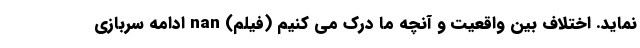
نماید. اختلاف بین واقعیت و آنچه ما درک می کنیم (فیلم) nan ادامه سربازی